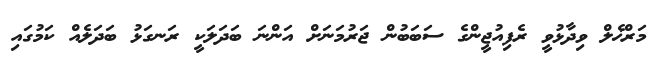
މަރްޚެލް ވިދާޅުވީ ރެފިއުޖީންގެ ސަބަބުން ޖަރުމަނަށް އަންނަ ބަދަލަކީ ރަނގަޅު ބަދަލެއް ކަމުގައި